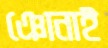
ঞোনাই